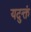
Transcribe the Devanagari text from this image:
यदुक्तं